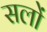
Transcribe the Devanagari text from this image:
सलों